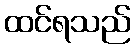
ထင်ရသည်